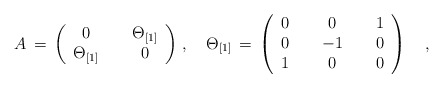
\begin{align*}A\,=\,\left(\begin{array}{ccc}0&{\,\,}&\Theta_{[1]}\\\Theta_{[1]}&{\,\,}&0\end{array}\right)\,,\quad\Theta_{[1]}\,=\,\left(\begin{array}{ccccc}0&{\,\,}&0&{\,\,}&1\\0&{\,\,}&-1&{\,\,}&0\\1&{\,\,}&0&{\,\,}&0\end{array}\right)\quad,\end{align*}